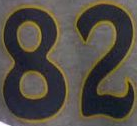
82